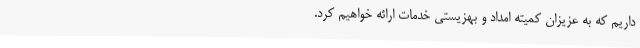
داریم که به عزیزان کمیته امداد و بهزیستی خدمات ارائه خواهیم کرد.